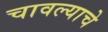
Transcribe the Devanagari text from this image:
चावल्याचे